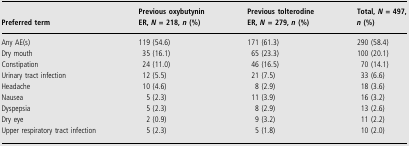
<table><thead><tr><td><b>Preferred term</b></td><td><b>Previous oxybutynin ER, <i>N</i>= 218, <i>n</i> (%)</b></td><td><b>Previous tolterodine ER, <i>N</i>= 279, <i>n</i> (%)</b></td><td><b>Total, <i>N</i>= 497, <i>n</i> (%)</b></td></tr></thead><tbody><tr><td>Any AE(s)</td><td>119 (54.6)</td><td>171 (61.3)</td><td>290 (58.4)</td></tr><tr><td>Dry mouth</td><td>35 (16.1)</td><td>65 (23.3)</td><td>100 (20.1)</td></tr><tr><td>Constipation</td><td>24 (11.0)</td><td>46 (16.5)</td><td>70 (14.1)</td></tr><tr><td>Urinary tract infection</td><td>12 (5.5)</td><td>21 (7.5)</td><td>33 (6.6)</td></tr><tr><td>Headache</td><td>10 (4.6)</td><td>8 (2.9)</td><td>18 (3.6)</td></tr><tr><td>Nausea</td><td>5 (2.3)</td><td>11 (3.9)</td><td>16 (3.2)</td></tr><tr><td>Dyspepsia</td><td>5 (2.3)</td><td>8 (2.9)</td><td>13 (2.6)</td></tr><tr><td>Dry eye</td><td>2 (0.9)</td><td>9 (3.2)</td><td>11 (2.2)</td></tr><tr><td>Upper respiratory tract infection</td><td>5 (2.3)</td><td>5 (1.8)</td><td>10 (2.0)</td></tr></tbody></table>